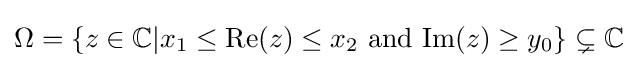
\Omega =\{z\in \mathbb {C} |x_{1}\leq \mathrm {Re} (z)\leq x_{2}\ {\text{and}}\ \mathrm {Im} (z)\geq y_{0}\}\subsetneq \mathbb {C}